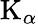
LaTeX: \mathrm{K}_{\alpha}